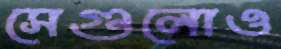
সেগুলোও